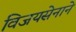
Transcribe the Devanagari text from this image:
विजयसेनाने